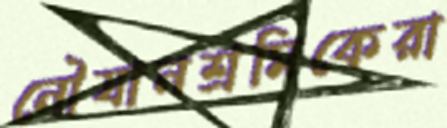
নৌযানশ্রমিকেরা